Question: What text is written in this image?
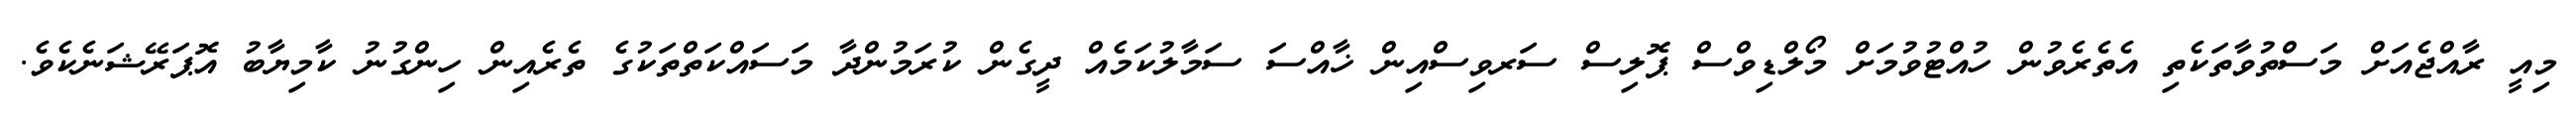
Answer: މިއީ ރާއްޖެއަށް މަސްތުވާތަކެތި އެތެރެވުން ހުއްޓުވުމަށް މޯލްޑިވްސް ޕޮލިސް ސަރވިސްއިން ޚާއްސަ ސަމާލުކަމެއް ދީގެން ކުރަމުންދާ މަސައްކަތްތަކުގެ ތެރެއިން ހިންގުނު ކާމިޔާބު އޮޕަރޭޝަނެކެވެ.